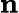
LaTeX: \textbf{n}